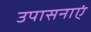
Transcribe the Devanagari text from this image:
उपासनाएं